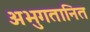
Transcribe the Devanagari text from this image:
अभुगतानित